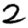
Digit: 2